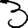
Digit: 3